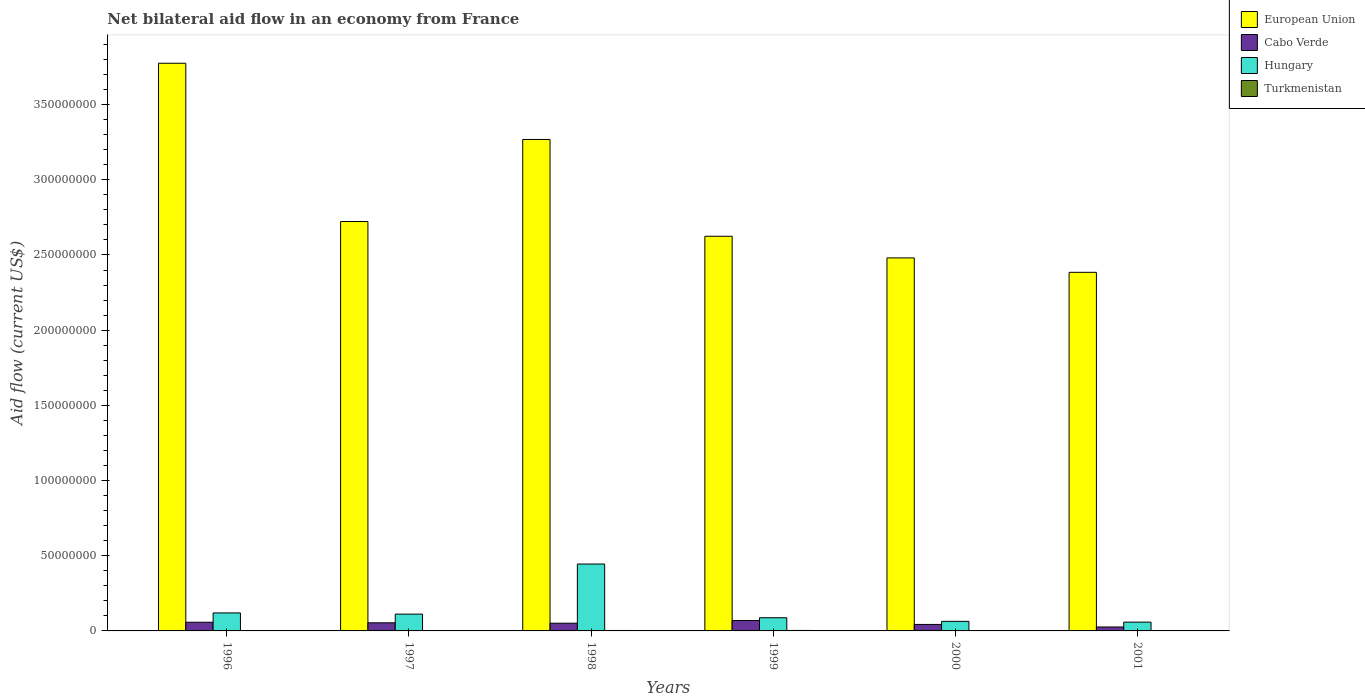
| Years | European Union | Cabo Verde | Hungary | Turkmenistan |
 | --- | --- | --- | --- | --- |
 | 1996 | 3.78e+08 | 5.77e+06 | 1.2e+07 | 2.9e+05 |
 | 1997 | 2.72e+08 | 5.4e+06 | 1.12e+07 | 2.2e+05 |
 | 1998 | 3.27e+08 | 5.13e+06 | 4.45e+07 | 3e+05 |
 | 1999 | 2.62e+08 | 6.93e+06 | 8.77e+06 | 3.2e+05 |
 | 2000 | 2.48e+08 | 4.32e+06 | 6.36e+06 | 1.8e+05 |
 | 2001 | 2.38e+08 | 2.62e+06 | 5.84e+06 | 2.8e+05 |